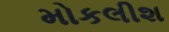
મોકલીશ